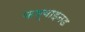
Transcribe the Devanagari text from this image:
कम्बाइनड